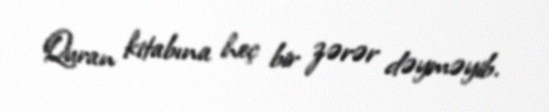
Quran kitabına heç bir zərər dəyməyib.